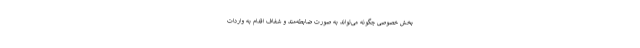
بخش خصوصی چگونه می‌تواند به صورت ضابطه‌مند و شفاف اقدام به واردات